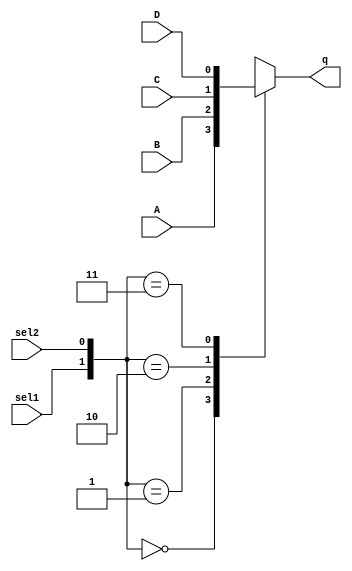
module Mux(output reg q, input A, B, C, D, sel1, sel2);
  always @* begin
    case({sel1, sel2})
      2'b00: q = A;
      2'b01: q = B;
      2'b10: q = C;
      2'b11: q = D;
      default: q = 1'bx; // Unspecified case
    endcase
  end
endmodule